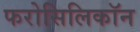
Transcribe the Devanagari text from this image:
फरोसिलिकॉन